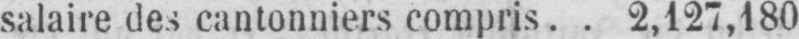
salaire des cantonniers compris .. 2,127,180